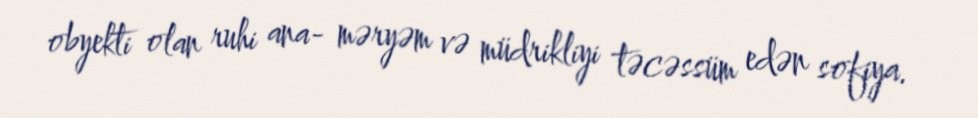
obyekti olan ruhi ana- məryəm və müdrikliyi təcəssüm edən sofiya.